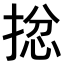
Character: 𢮈